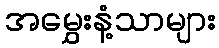
အမွှေးနံ့သာများ